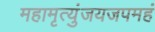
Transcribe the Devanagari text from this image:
महामृत्युंजयजपमहं